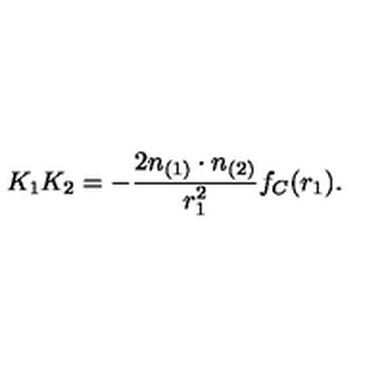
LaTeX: K _ { 1 } K _ { 2 } = - \frac { 2 n _ { ( 1 ) } \cdot n _ { ( 2 ) } } { r _ { 1 } ^ { 2 } } f _ { C } ( r _ { 1 } ) .